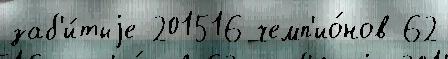
заб'и́тыjе 201516 чемп'ио́нов 62